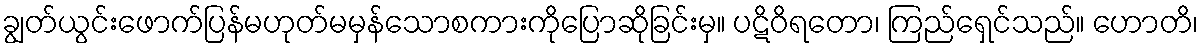
ချွတ်ယွင်းဖောက်ပြန်မဟုတ်မမှန်သောစကားကိုပြောဆိုခြင်းမှ။ ပဋိဝိရတော၊ ကြည်ရှေင်သည်။ ဟောတိ၊